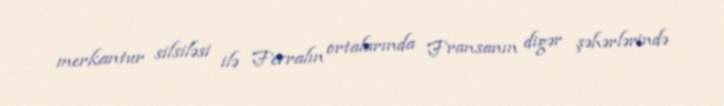
merkantur silsiləsi ilə Fevralın ortalarında Fransanın digər şəhərlərində